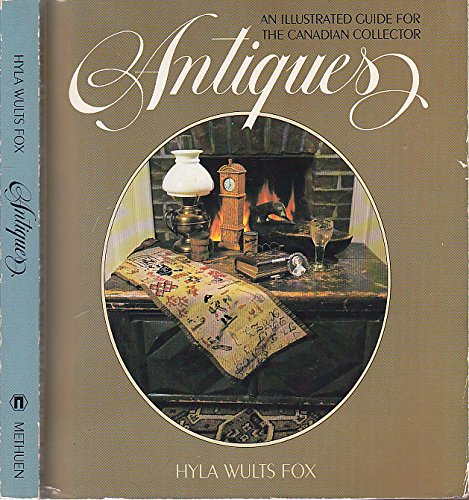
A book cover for Antiques, an illustrated guide for the Canadian collector; Hyla Wults Fox; Crafts, Hobbies & Home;